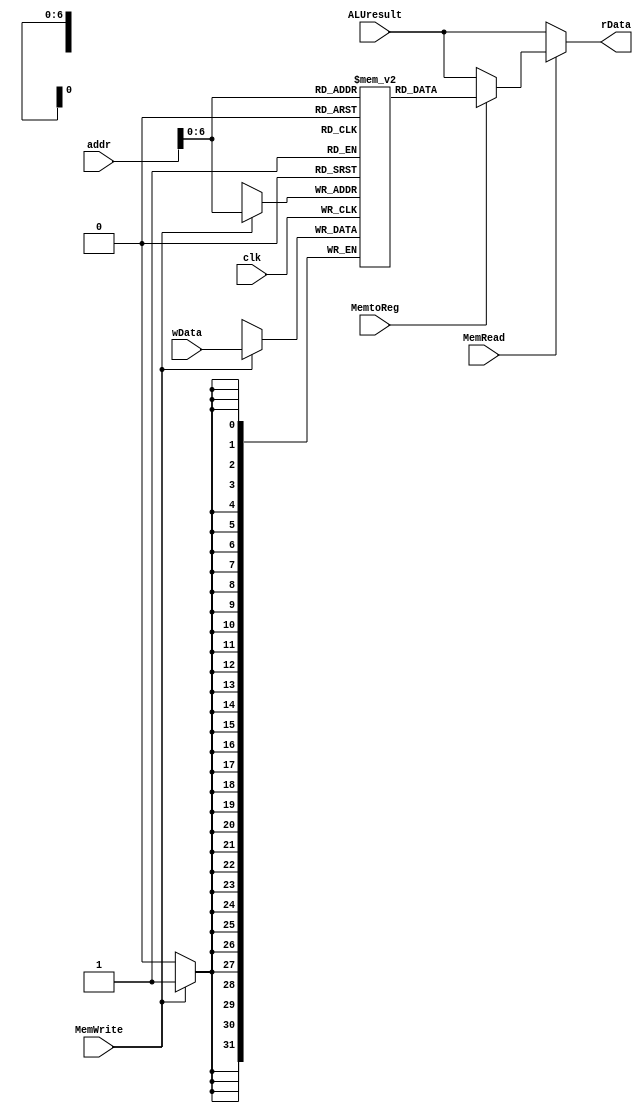
`timescale 1ns / 1ps

module data_memory(
  input clk,
  input [31:0] addr,
  input [31:0] wData,
  input [31:0] ALUresult,
  input MemWrite,
  input MemRead,
  input MemtoReg,
  output reg [31:0] rData
);

  parameter SIZE_DM = 128; // size of this memory, by default 128*32
  reg [31:0] mem [SIZE_DM-1:0]; // instruction memory

  // initially set default data to 0
  integer i;
  initial begin
    for(i=0; i<SIZE_DM-1; i=i+1) begin
      mem[i] = 32'b0;
    end
  end

  always @(addr or MemRead or MemtoReg or ALUresult) begin
    if (MemRead == 1) begin
      if (MemtoReg == 1) begin
        rData = mem[addr];
        // $display("lw data: 0x%H @addr: 0x%H",rData,addr);
      end else begin
        rData = ALUresult; // X ?
      end
    end else begin
      rData = ALUresult;
    end
  end

  always @(posedge clk) begin // MemWrite, wData, addr
    // $display("[4]: 0x%H | [8]: 0x%H",mem);
    if (MemWrite == 1) begin
      // $display("MemWrite: 0x%H @addr: 0x%H",wData,addr);
      mem[addr] = wData;
    end
  end

endmodule